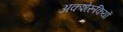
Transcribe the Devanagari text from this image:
अकशेरूकियों